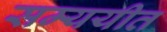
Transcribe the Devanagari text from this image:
सम्ययीत